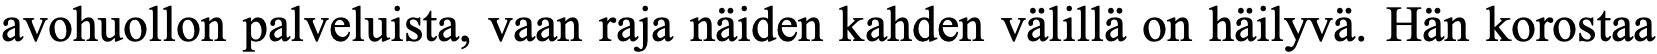
avohuollon palveluista, vaan raja näiden kahden välillä on häilyvä. Hän korostaa